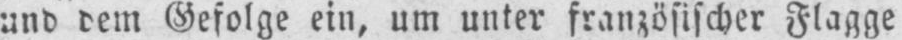
und dem Gefolge ein, um unter französischer Flagge